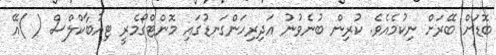
ބޮޑަށް ބޭރަށް ނިކުމެއެވެ. ކުރިން ބުނެވުނު އަދިރިހަންގަނޑުގައި މޮންޓްގޯމެރީ ޓިއުބާކްލްސް ( )އޭ